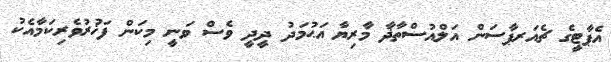
އެޕާޓީގެ ޗެއަރޕާސަން އަލްއުސްތާޛާ މާރިޔާ އަޙުމަދު ދީދީ ވެސް ވަނީ މިކަން ފަޚުރުވެރިކަމާއެކު